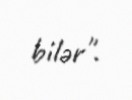
bilər".